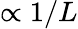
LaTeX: \propto 1/L